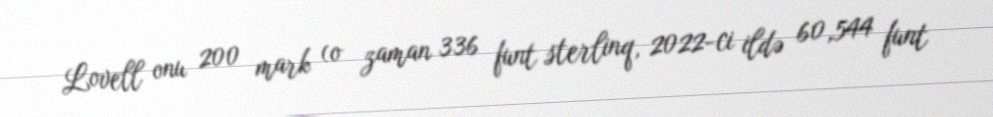
Lovell onu 200 mark (o zaman 336 funt sterlinq, 2022-ci ildə 60,544 funt